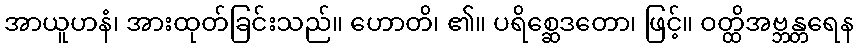
အာယူဟနံ၊ အားထုတ်ခြင်းသည်။ ဟောတိ၊ ၏။ ပရိစ္ဆေဒတော၊ ဖြင့်။ ဝတ္ထိအဗ္ဘန္တရေန